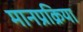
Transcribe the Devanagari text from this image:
मानप्रक्रिया